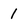
Character: 1